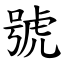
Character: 號